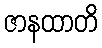
ဇာနထာတိ